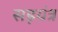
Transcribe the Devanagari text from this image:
सड़यंत्र